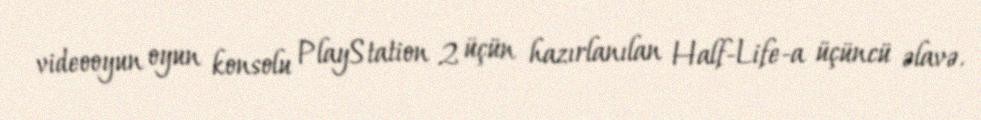
videooyun oyun konsolu PlayStation 2 üçün hazırlanılan Half-Life-a üçüncü əlavə.